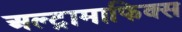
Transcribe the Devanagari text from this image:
अल्ट्रामाफिक्स